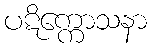
ပဋိက္ကောသနာ